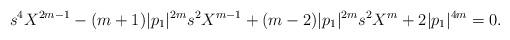
LaTeX: \begin{align*}s^4 X^{2m-1} -(m+1)|p_1|^{2m}s^2X^{m-1} + (m-2)|p_1|^{2m}s^2X^m + 2|p_1|^{4m} =0.\end{align*}